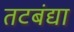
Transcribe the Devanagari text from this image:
तटबंद्या